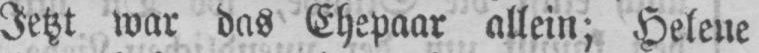
Jetzt war das Ehepaar allein; Helene